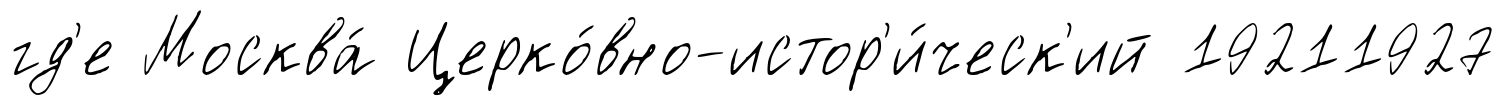
гд'е Москва́ Церко́вно-истор'и́ческ'ий 19211927